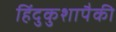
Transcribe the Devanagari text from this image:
हिंदुकुशापैकी